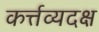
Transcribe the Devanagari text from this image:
कर्त्तव्यदक्ष